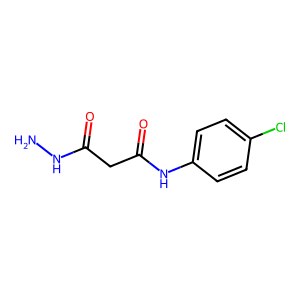
SMILES: NNC(=O)CC(=O)Nc1ccc(Cl)cc1
Inhibits HIV replication: No